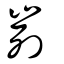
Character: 峛